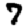
Digit: 7